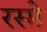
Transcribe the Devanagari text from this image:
रस्मे